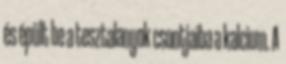
és épült be a tesztalanyok csontjaiba a kalcium. A